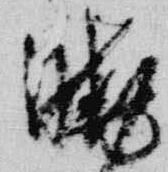
暁